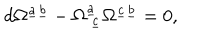
d \Omega ^ { \underline { { a } } \underline { { b } } } - \Omega _ { ~ \underline { { c } } } ^ { \underline { { a } } } \Omega ^ { \underline { { c } } \underline { { b } } } = 0 ,